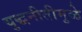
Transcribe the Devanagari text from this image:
युद्धनीतीमुळे